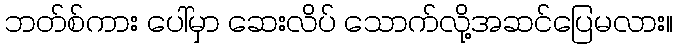
ဘတ်စ်ကား ပေါ်မှာ ဆေးလိပ် သောက်လို့အဆင်ပြေမလား။